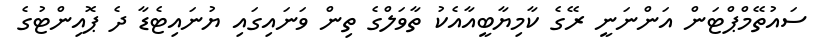
ސައުތޭމްޕްޓަން އަންނަނީ ރޭގެ ކާމިޔާބީއާއެކު ތާވަލްގެ ތިން ވަނައިގައި ޔުނައިޓެޑާ ދެ ޕޮއިންޓުގެ